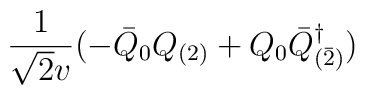
\frac{1}{\sqrt{2}v} (-\bar Q_0 Q_{(2)} +  Q_{0} \bar Q_{(\bar 2)}^\dagger )